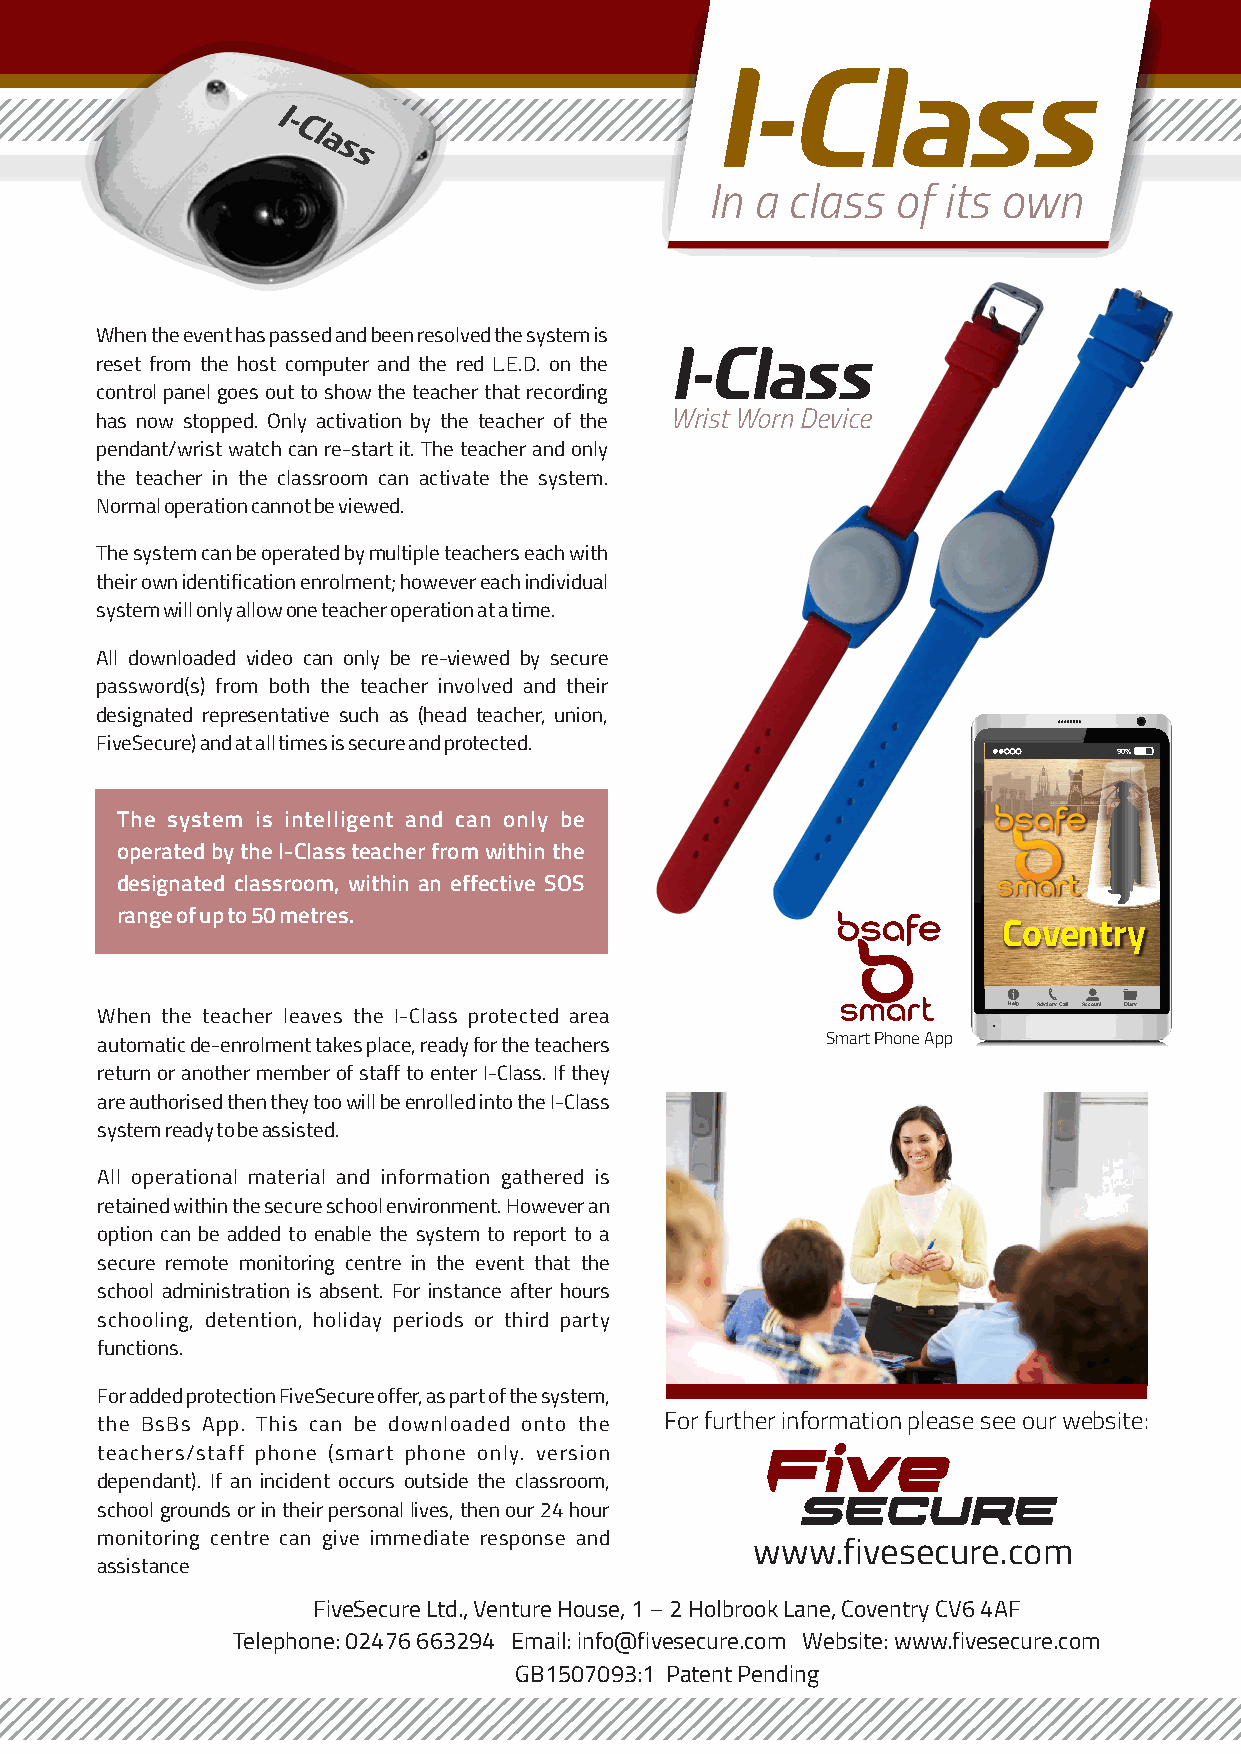
In a class  of its own
 When the event has passed and been resolved the system is
 reset from the host computer and the red L.E.D. on the
 control panel goes out to show the teacher that recording
 has now stopped. Only activation by the teacher of the Wrist Worn Device
 pendant/wrist watch can re-start it. The teacher and only
 the teacher in the classroom can activate the system.
 Normal operation cannot be viewed.
 The system can be operated by multiple teachers each with
 their own identification enrolment; however each individual
 system will only allow one teacher operation at a time.
 All downloaded video can only be re-viewed by secure
 password(s) from both the teacher involved and their
 designated representative such as (head teacher, union,
 FiveSecure) and at all times is secure and protected.
 90%
 The system is intelligent and can only be
 operated by the I-Class teacher from within the
 designated classroom, within an effective SOS
 range of up to 50 metres.
 Coventry
 p
 When the teacher leaves the I-Class protected area           Help Advisory Call Account Diary
 automatic de-enrolment takes place, ready for the teachers Smart Phone App
 return or another member of staff to enter I-Class. If they
 are authorised then they too will be enrolled into the I-Class
 system ready to be assisted.
 All operational material and information gathered is
 retained within the secure school environment. However an
 option can be added to enable the system to report to a
 secure remote monitoring centre in the event that the
 school administration is absent. For instance after hours
 schooling, detention, holiday periods or third party
 functions.
 For added protection FiveSecure offer, as part of the system,
 the BsBs App. This can be downloaded onto the For further information please see our website:
 Five
 teachers/staff phone (smart phone only. version
 dependant). If an incident occurs outside the classroom,
 SECURE
 school grounds or in their personal lives, then our 24 hour
 monitoring centre can give immediate response and
 www.fivesecure.com
 assistance
 FiveSecure Ltd., Venture House, 1 – 2 Holbrook Lane, Coventry CV6 4AF
 Telephone: 02476 663294 Email: info@fivesecure.com Website: www.fivesecure.com
 GB1507093:1 Patent Pending